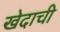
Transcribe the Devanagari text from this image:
खेदाची